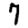
Digit: 7